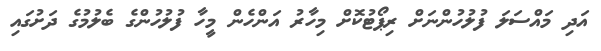
އަދި މައްސަލަ ފުލުހުންނަށް ރިޕޯޓުކޮށް މިހާރު އަންހެން މީހާ ފުލުހުންގެ ބެލުމުގެ ދަށުގައި